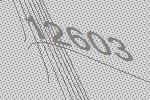
12603